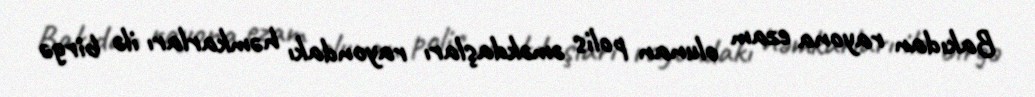
Bakıdan rayona ezam olunan polis əməkdaşları rayondakı həmkarları ilə birgə